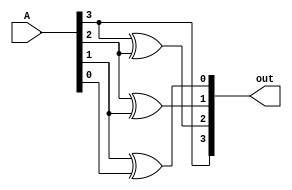
module BCD_gray_dataflow(A,out);
  input wire [3:0]A;
  output wire [3:0]out;
  
  
  assign out[3]=A[3];
  assign out[2]=A[3]^A[2];
  assign out[1]=A[2]^A[1];
  assign out[0]=A[1]^A[0];
  
endmodule